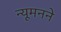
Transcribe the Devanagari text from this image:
न्यूमनने